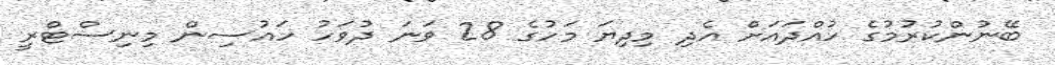
ބޭނުންކުރުމުގެ ހުއްދައަށް އެދި މިދިޔަ މަހުގެ 28 ވަނަ ދުވަހު ހައުސިން މިނިސްޓްރީ